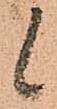
候